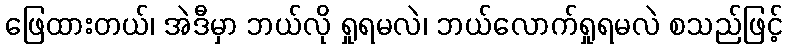
ဖြေထားတယ်၊ အဲဒီမှာ ဘယ်လို ရှုရမလဲ၊ ဘယ်လောက်ရှုရမလဲ စသည်ဖြင့်